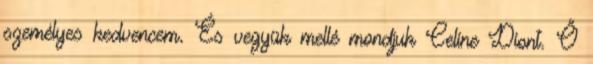
személyes kedvencem. És vegyük mellé mondjuk Celine Diont. Ő